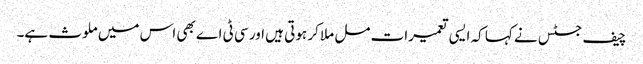
چیف جسٹس نے کہا کہ ایسی تعمیرات مل ملا کر ہوتی ہیں اور سی ٹی اے بھی اس میں ملوث ہے۔